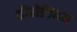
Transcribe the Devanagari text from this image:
कीबोर्डवादन